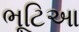
ભૂટિઆ